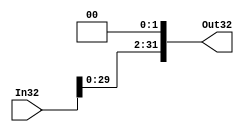
`timescale 1ns / 1ps
//////////////////////////////////////////////////////////////////////////////////
// Company: 
// Engineer: 
// 
// Design Name: 
// Module Name:    Shiftlefttwo 
// Project Name: 
// Target Devices: 
// Tool versions: 
// Description: 
//
// Dependencies: 
//
// Revision: 
// Revision 0.01 - File Created
// Additional Comments: 
//
//////////////////////////////////////////////////////////////////////////////////
module Shiftlefttwo(
    output reg[31:0] Out32,
    input [31:0] In32
    );
	 always @(In32)
		begin
			Out32 <= {In32[29:0],2'b00};
		end
endmodule